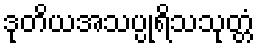
ဒုတိယအသပ္ပုရိသသုတ္တံ